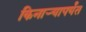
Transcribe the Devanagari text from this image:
किनार्‍यापर्यंत